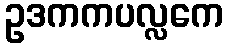
ဥဒကကပလ္လကေ